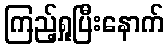
ကြည့်ရှုပြီးနောက်